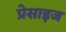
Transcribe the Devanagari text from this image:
प्रेसाइज